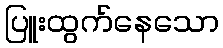
ပြူးထွက်နေသော